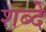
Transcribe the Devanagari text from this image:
शब्दे